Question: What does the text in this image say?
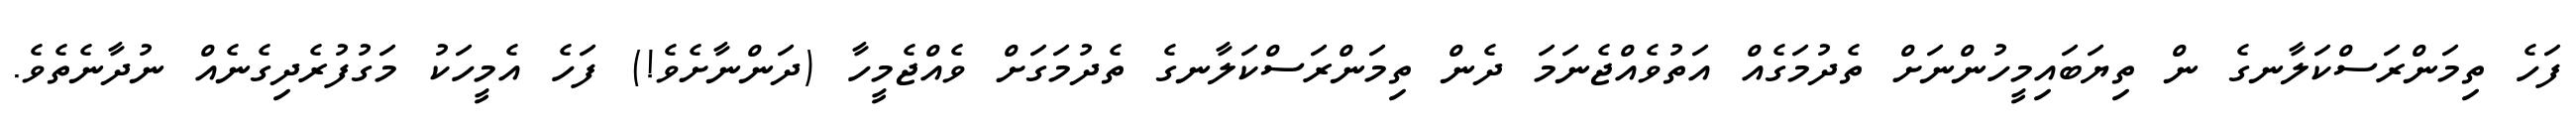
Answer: ފަހެ ތިމަންރަސްކަލާނގެ ން ތިޔަބައިމީހުންނަށް ތެދުމަގެއް އަތުވެއްޖެނަމަ ދެން ތިމަންރަސްކަލާނގެ ތެދުމަގަށް ވެއްޖެމީހާ (ދަންނާށެވެ!) ފަހެ އެމީހަކު މަގުފުރެދިގެނެއް ނުދާނެތެވެ.